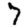
Digit: 7